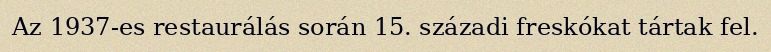
Az 1937-es restaurálás során 15. századi freskókat tártak fel.